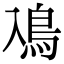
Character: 鳰